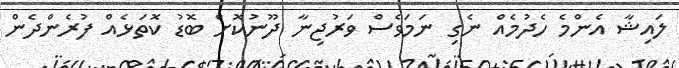
ލައިޝާ އެންމެ ހެދުމެއް ނެގި ނަމަވެސް ވަރުޖިނާ ދޫނުކޮށް ބޮޑު ކޮތަޅެއް ފުރެންދެން